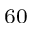
^ { 6 0 }